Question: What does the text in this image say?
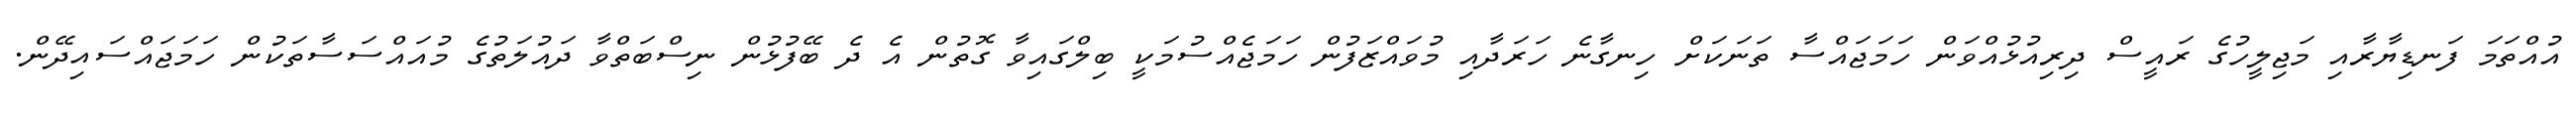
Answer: އުއްތަމަ ފަނޑިޔާރާއި މަޖިލީހުގެ ރައީސް ދިރިއުޅުއްވަން ހަމަޖައްސާ ތަނަކަށް ހިނގާނެ ހަރަދާއި މުވައްޒަފުން ހަމަޖެއްސުމަކީ ބިލްގައިވާ ގޮތުން އެ ދެ ބޭފުޅުން ނިސްބަތްވާ ދައުލަތުގެ މުއައްސަސާތަކުން ހަމަޖައްސައިދޭން.